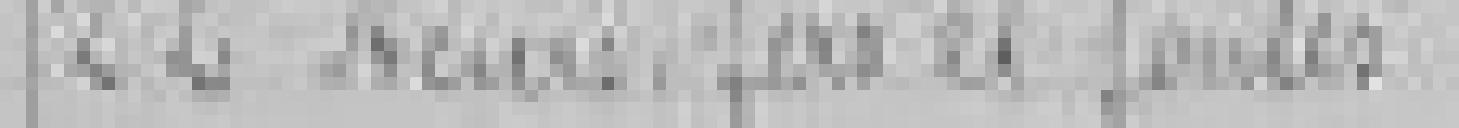
22. Aciers, fers et fontes